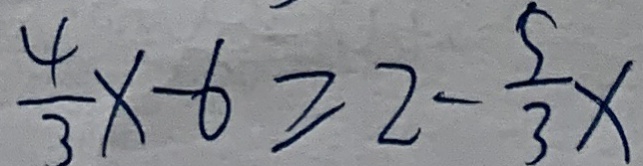
\frac { 4 } { 3 } x - 6 \geq 2 - \frac { 5 } { 3 } x